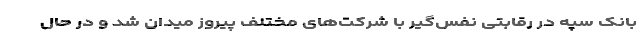
بانک سپه در رقابتی نفس‌گیر با شرکت‌های مختلف پیروز میدان شد و در حال